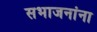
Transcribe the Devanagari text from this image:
सभाजनांना